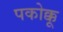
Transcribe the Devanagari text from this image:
पकोक्कू